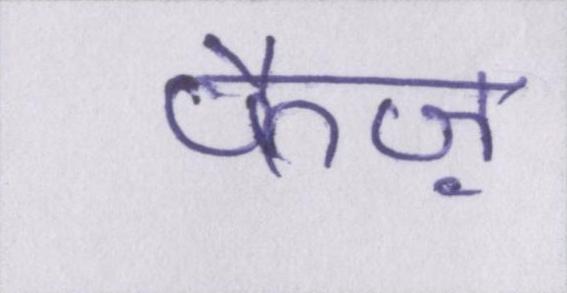
फैज़